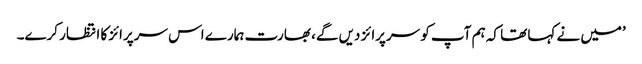
’میں نے کہا تھا کہ ہم آپ کو سرپرائز دیں گے، بھارت ہمارے اس سرپرائز کا انتظار کرے۔